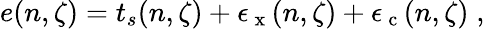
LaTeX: \begin{array}{r}{e(n,\zeta)=t_{s}(n,\zeta)+\epsilon_{\mathrm{~x~}}(n,\zeta)+\epsilon_{\mathrm{~c~}}(n,\zeta)\; ,}\end{array}